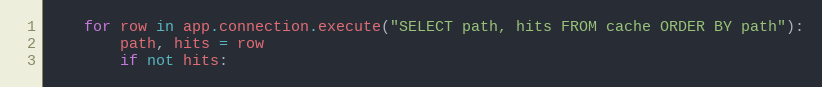
Language: Python
    for row in app.connection.execute("SELECT path, hits FROM cache ORDER BY path"):
        path, hits = row
        if not hits: